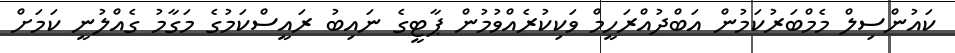
ކައުންސިލް މެމްބަރުކަމުން އަބްދުއްރަހީމް ވަކިކުރެއްވުމުން ޕާޓީގެ ނައިބު ރައީސްކަމުގެ މަގާމު ގެއްލުނީ ކަމަށް